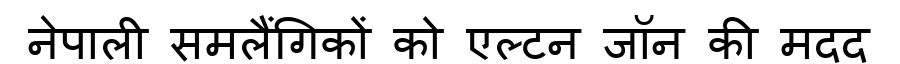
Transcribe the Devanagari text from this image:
नेपाली समलैंगिकों को एल्टन जॉन की मदद